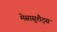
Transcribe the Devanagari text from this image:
मेसासुशैट्स